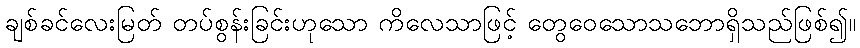
ချစ်ခင်လေးမြတ် တပ်စွန်းခြင်းဟုသော ကိလေသာဖြင့် တွေဝေသောသဘောရှိသည်ဖြစ်၍။